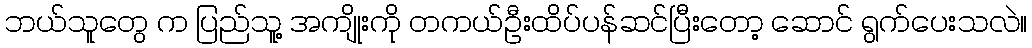
ဘယ်သူတွေ က ပြည်သူ့ အကျိုးကို တကယ်ဦးထိပ်ပန်ဆင်ပြီးတော့ ဆောင် ရွက်ပေးသလဲ။